Annual report of the Bengal Veterinary College and of the Civil Veterinary Department, Bengal, for the year 1919-20 - 1919-1920
Year: 1919
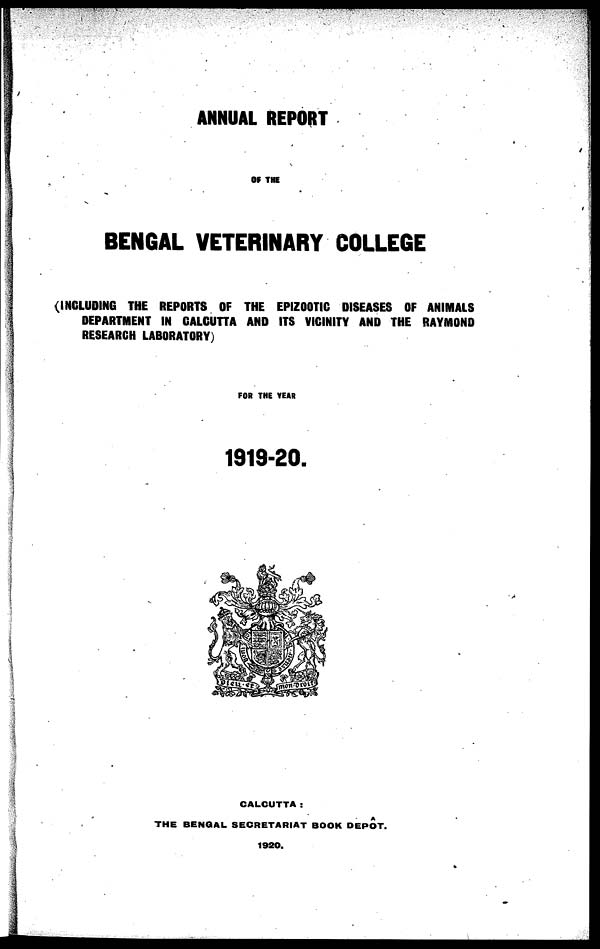
ANNUAL REPORT
OF THE
BENGAL VETERINARY COLLEGE
(INCLUDING THE REPORTS OF THE EPIZOOTIC DISEASES OF ANIMALS
DEPARTMENT IN CALCUTTA AND ITS VICINITY AND THE RAYMOND
RESEARCH LABORATORY)
FOR THE YEAR
1919-20.
CALCUTTA :
THE BENGAL SECRETARIAT BOOK DEPOT.
1920.